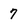
Character: 7